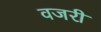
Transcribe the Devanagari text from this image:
वजरी